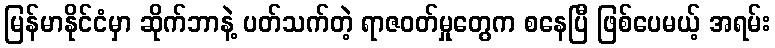
မြန်မာနိုင်ငံမှာ ဆိုက်ဘာနဲ့ ပတ်သက်တဲ့ ရာဇဝတ်မှုတွေက စနေပြီ ဖြစ်ပေမယ့် အရမ်း